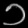
Digit: ၁